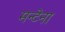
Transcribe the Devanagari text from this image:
मन्टेना